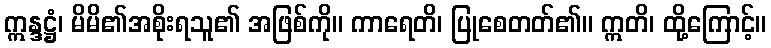
ဣန္ဒဋ္ဌံ၊ မိမိ၏အစိုးရသူ၏ အဖြစ်ကို။ ကာရေတိ၊ ပြုစေတတ်၏။ ဣတိ၊ ထို့ကြောင့်။